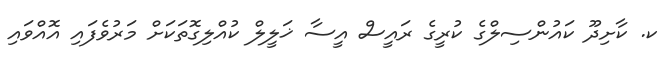
ކ. ކާށިދޫ ކައުންސިލްގެ ކުރީގެ ރައީސް އީސާ ޚަލީލް ކުއްލިގޮތަކަށް މަރުވެފައި އޮއްވައި